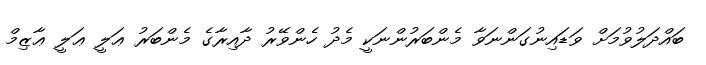
ބައްދަލުވުމަށް ވަޑައިނުގަންނަވާ މެންބަރުންނަކީ މެދު ހެންވޭރު ދާއިރާގެ މެންބަރު ޢަލީ ޢަލީ ޢާޒިމް